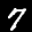
Label: 7